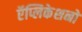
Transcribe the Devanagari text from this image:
ऍप्लिकेशनों